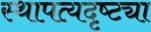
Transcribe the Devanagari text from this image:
स्थापत्यदृष्ट्या